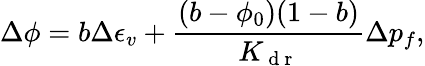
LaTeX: \Delta\phi=b\Delta\epsilon_{v}+\frac{(b-\phi_{0})(1-b)}{K_{\mathrm{~d~r~}}}\Delta p_{f},